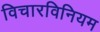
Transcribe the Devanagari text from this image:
विचारविनियम